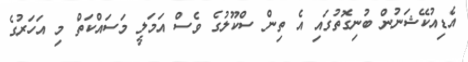
އެޑިއުކޭޝަނުން ބުނިގޮތުގައި އެ ތިން ސްކޫލުގެ ވެސް އަމަލީ މަސައްކަތް މި އަހަރުގެ